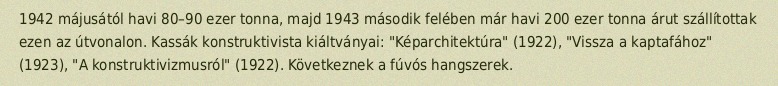
1942 májusától havi 80–90 ezer tonna, majd 1943 második felében már havi 200 ezer tonna árut szállítottak ezen az útvonalon. Kassák konstruktivista kiáltványai: "Képarchitektúra" (1922), "Vissza a kaptafához" (1923), "A konstruktivizmusról" (1922). Következnek a fúvós hangszerek.